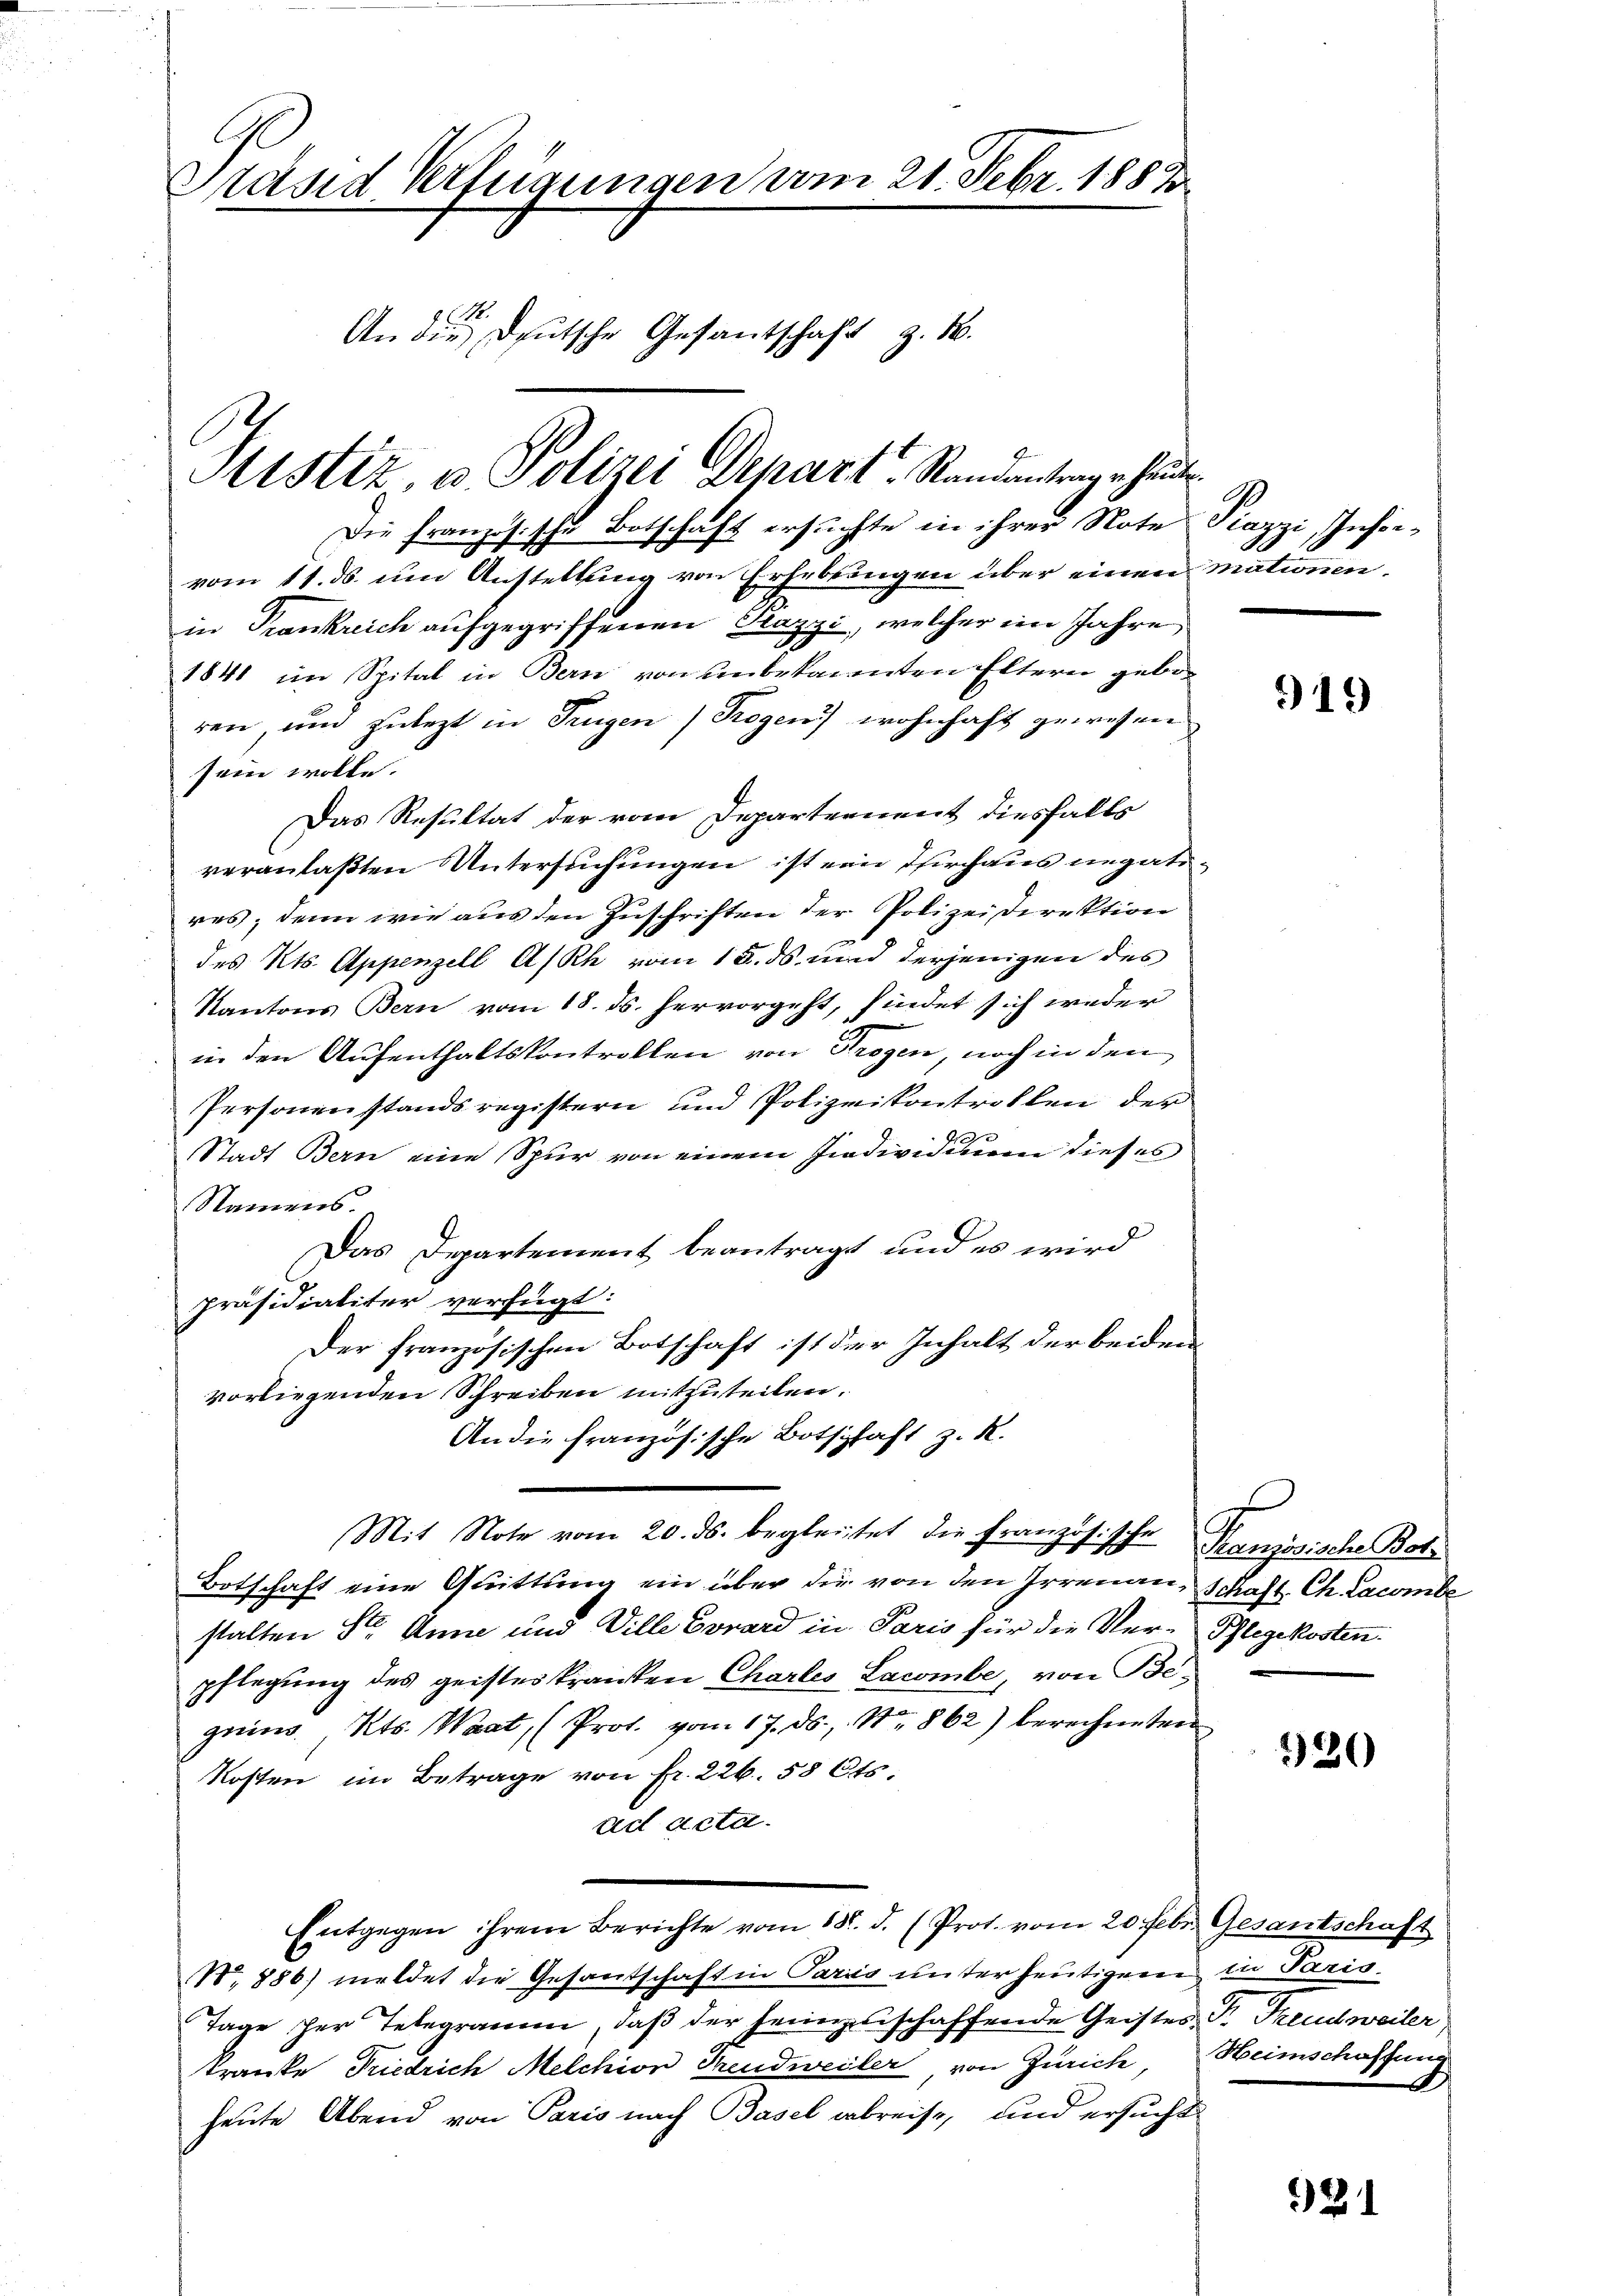
Präsid Verfügungen vom 21. Febr. 1888
An die Deutsche Gesantschaft z. B.
Sistiz, u. Polizei Depart. Randantrage heute

vom 11. ds. um Anstellung von Erhebungen über einen mationen,
in Trankreich aufgegriffenen Grazzi, welcher im Jahre
1841 im Spital in Bern von unbekannten Eltern geboren, um zulezt in Trugen (Regen) wohnhaft gewesen
sein wolle.
Das Resultat der vom Departement diesfalls
veranlaßten Untersuchungen ist ein Thirchaus ungatires; denn wie aus den Zuschriften der Polizeidirektion
des Kts. Appenzell A/Rh vom 18. ds. und derjenigen des
Kantons Bern vom 18. ds. hervorgeht, findet sich weder
in den Aufenthaltskontrollen von Trogen, noch in den
Personenstandsregistern und Polizeikontrollen der
2
Stadt Bern eine Spur von einem Individuum dieses
Namens.
Das Departement beantragt und es wird
Präsidialiter verfügt:
Der französischen Botschaft ist der Inhalt der beiden
vorliegenden Schreiben mitzuteilen.
An die französische Botschaft z. R.
Mit Note vom 20. ds. begleitet die Französische Französische Bote
Botschaft eine Quittung ein über die von den Irrenau, Schaft. Ch. Lacombe
stalten Ster Anne und Ville Corard in Paris für die Ver- Pflegekosten.
pflegung des geisteskranken Chartes Lacombe, von Begrin, Kts. Waat, (Prot. vom 17. ds., Nr. 862) berechneten
Kosten im Betrage von Fr. 226. 58 Cts.
ad acta.
Entgegen ihrem Berichte vom 18. d. (Prot. vom 20 Febr. Gesantschaft
N. 886) meldet die Gesantschaft in Pariis unter heutigen in Paris.
Tage der Telegramm, daß der heimenschaffende Geistes P. Freudweiler
Tranke Friedrich Melchior Freudweiler von Zürich, Heimschaffung
heute Abend von Paris nach Basel abreise, und ersucht

Die Französische Botschaft ersuchte in ihrer Note Piazzi, Insin¬

9
A

919

320

21